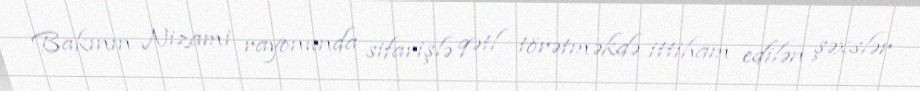
Bakının Nizami rayonunda sifarişlə qətl törətməkdə ittiham edilən şəxslər